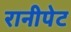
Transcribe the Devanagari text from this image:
रानीपेट